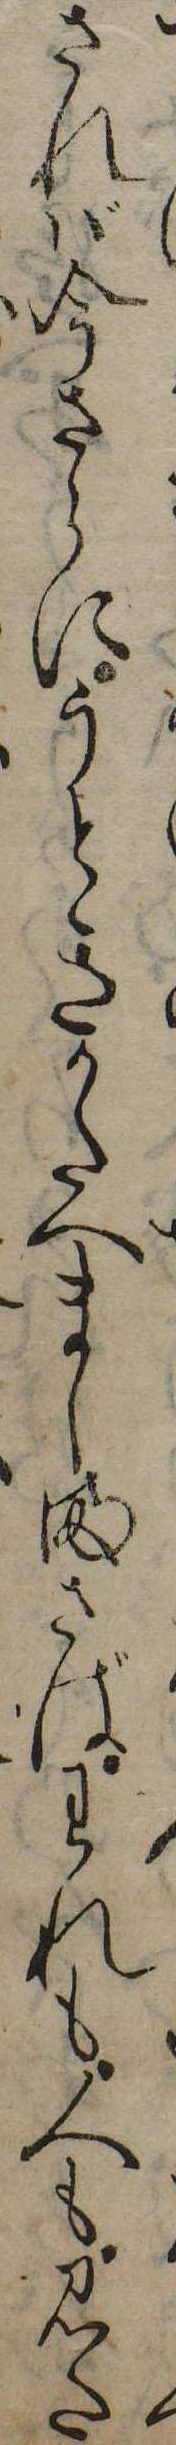
されば今さらにうときかたへましまさばわれも人も見た